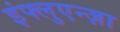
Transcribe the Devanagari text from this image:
इंफ्लुएन्ज़ा